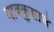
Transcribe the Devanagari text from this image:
गावकुसाचे